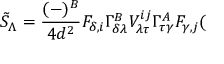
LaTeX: \tilde { S } _ { \Lambda } = \frac { ( - ) ^ { B } } { 4 d ^ { 2 } } F _ { \delta , i } \Gamma _ { \delta \lambda } ^ { B } V _ { \lambda \tau } ^ { i j } \Gamma _ { \tau \gamma } ^ { A } F _ { \gamma , j } (